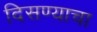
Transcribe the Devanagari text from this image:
दिसण्याचा